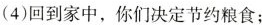
(4)回到家中，你们决定节约粮食；